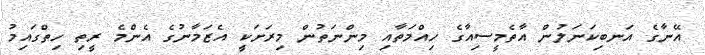
އޭނާގެ އަނބިކަނަލުން އާތެމީސިއާގެ ހިއްމަތާއި މިންނަތުން މިރަށަކީ އެޒަމާނުގެ އެންމެ ރީތި ހިތްގައިމު